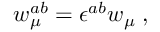
w _ { \mu } ^ { a b } = \epsilon ^ { a b } w _ { \mu } \; ,